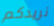
نريدكم